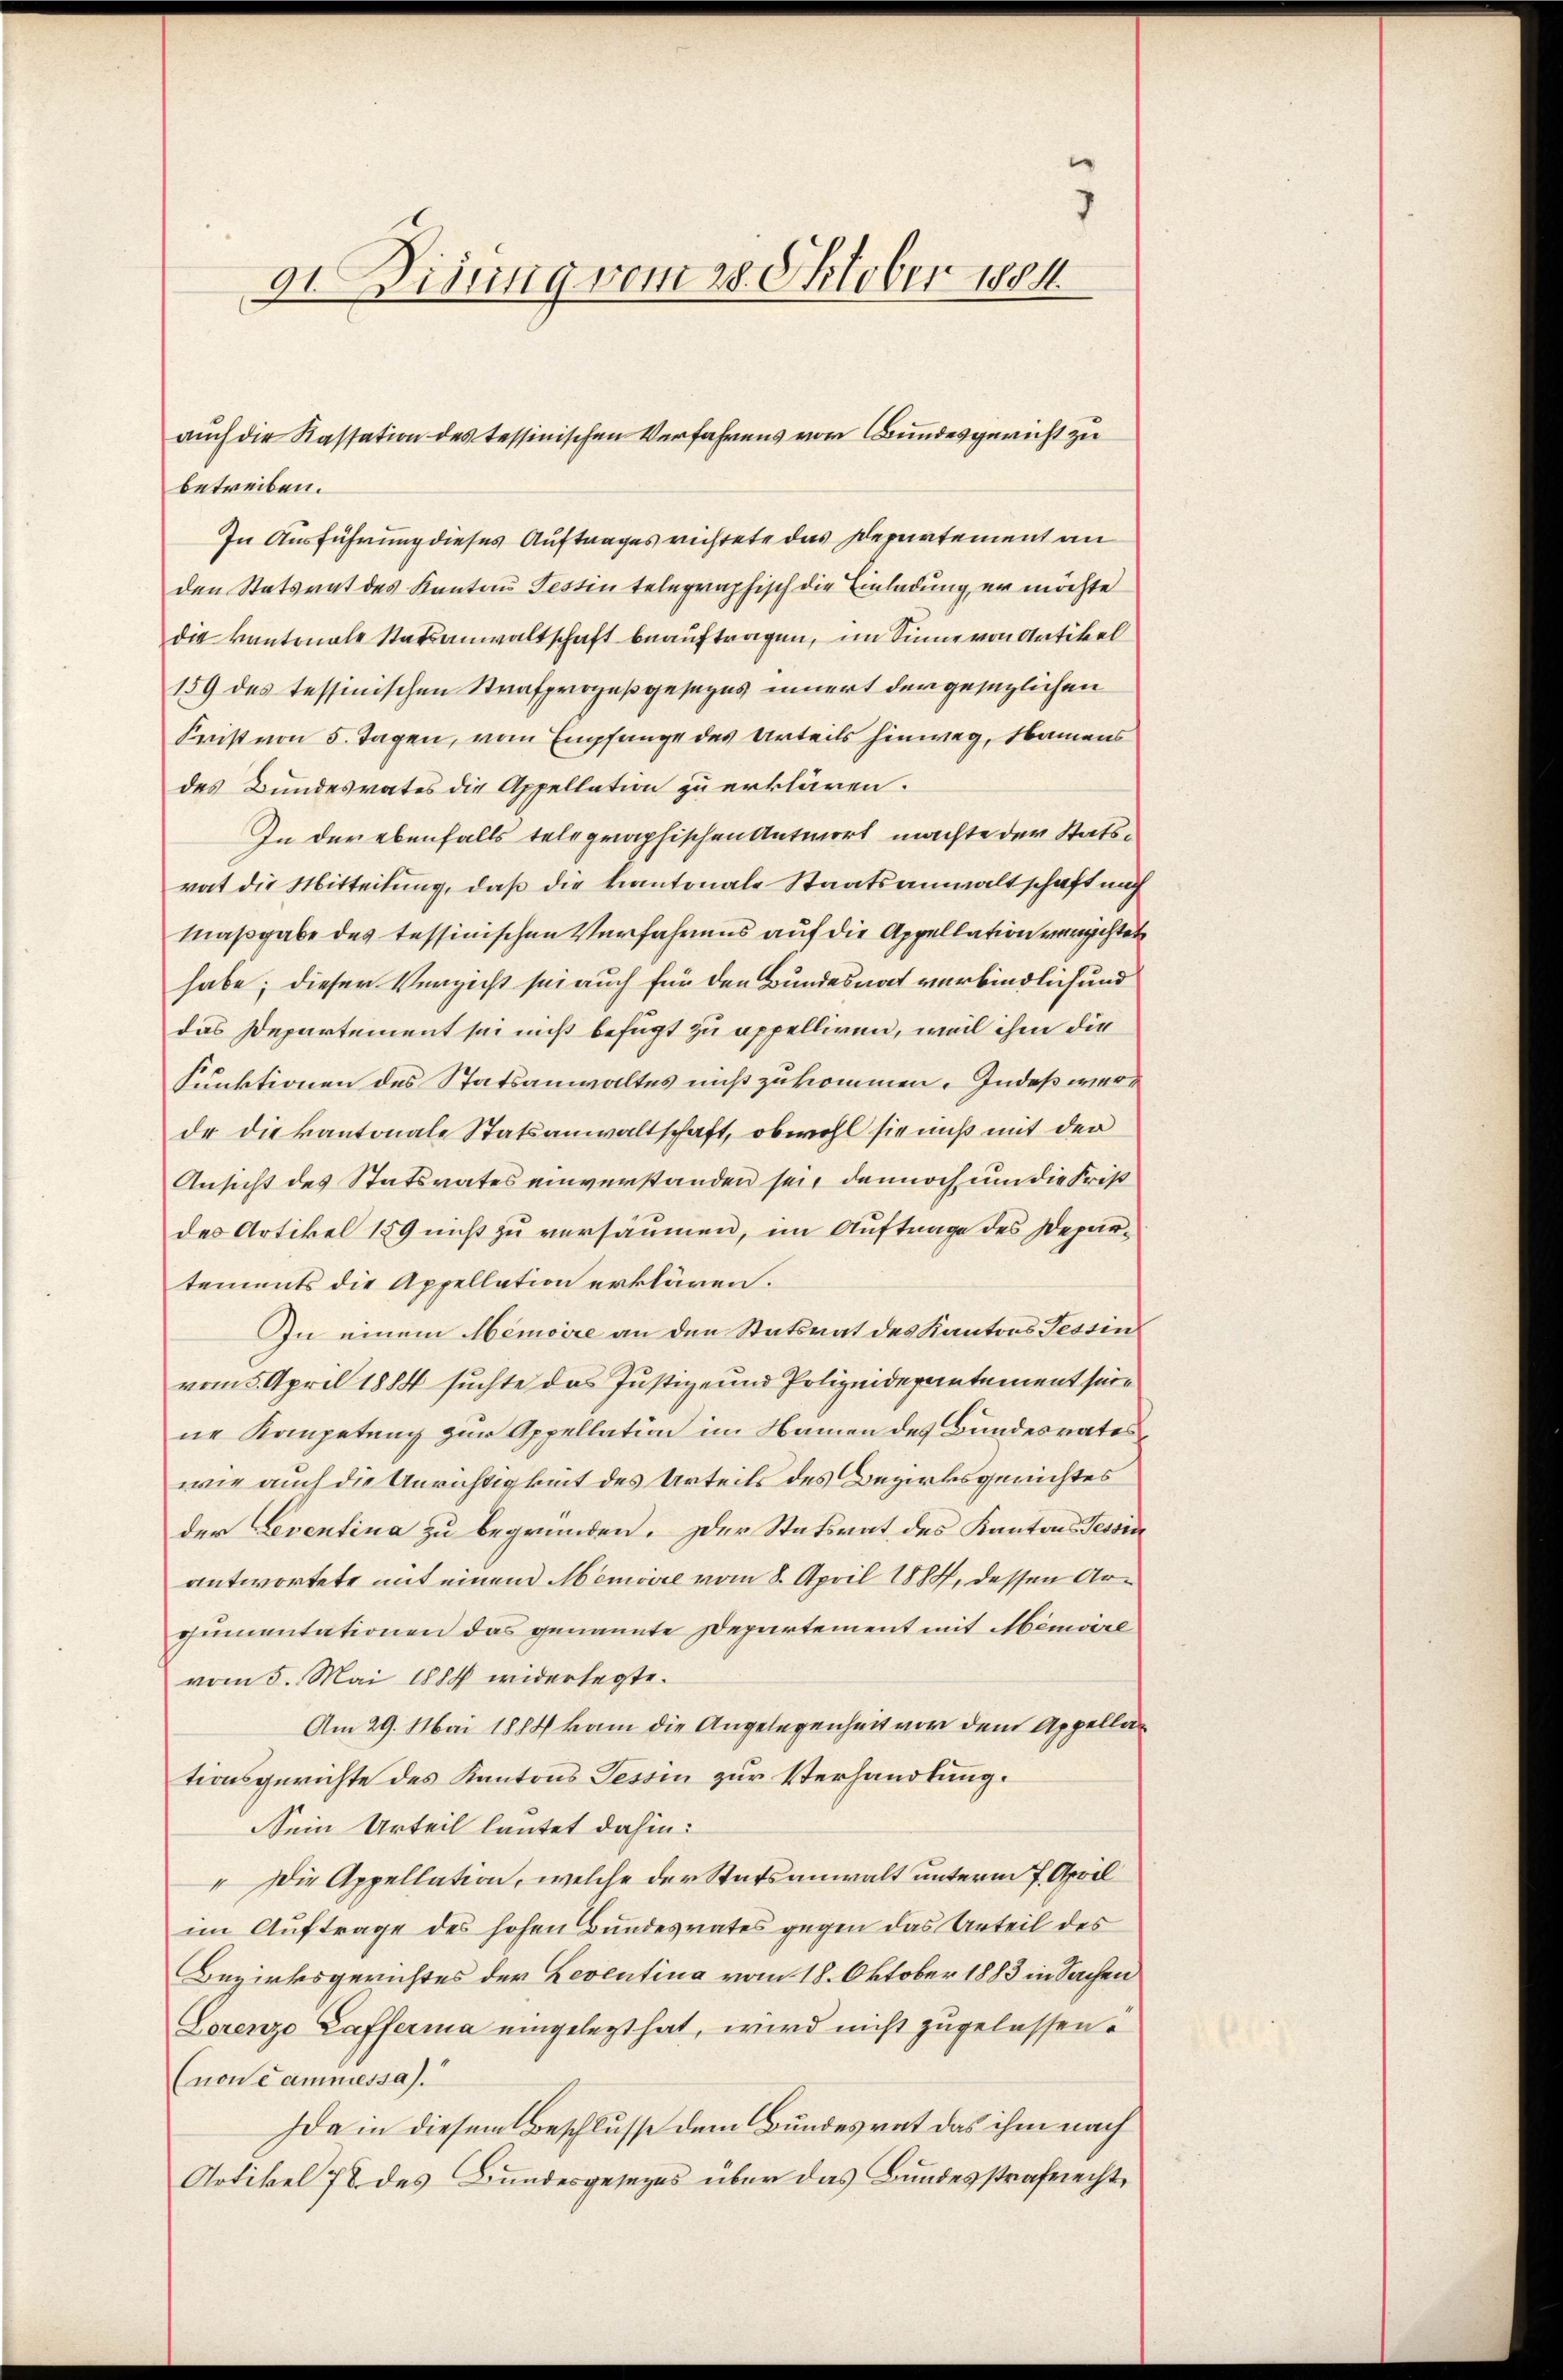
7
9t Situng vom 28. Oktober 1884

betreiben.
In Ausführung dieses Auftrages richtete das Departement an
den Statsrat des Kantons Testin telegraphisch die Einladung er möchte
die kantonale Statsanwaltschaft beauftragen, im Sinne von Artikel
159 des tessinischen Strafprozeßgesezes innert den gesezlichen
Frist von 5. Tagen, vom Empfange des Urteils hinweg, Namens
des Bundesrates die Appellation zu erklären.
In der ebenfalls telegraphischen Antwort machte der Statsrat die Mitteilung, daß die kantonale Staatsanwaltschaft mich
Maßgabe des tessinischen Verfahrens auf die Appellation verachtet
habe; dieser Verzicht sei auch für den Bundesnat verbindlich und
das Departement sei nicht befugt zu appelliren, weil ihm die
Funktionen des Statsanwaltes nicht zukommen. Indeß ware
de die kantonale Statsanwaltschaft, obwohl sie muß mit der
Ansicht des Statsrates einverstanden sei, dennoch um die Frist
des Artikel 159 nicht zu versäumen, im Auftrage des Departements die Appellation erklären.
In einem Memoire an den Statsrat des Kantons Tessin
vom 5. April 1884 suchte das Justiz- und Polizeidepartement seine Kompetung zur Appellation im Namen des Bundesrates
wie auch die Anrichtigkeit des Urteils des Bezirksgerichtes
der Leventina zu begründen. Der Statsrat des Kantons Tessin
antwortete mit einen Memoire vom 8. April 1884, dessen Argumentationen das genannte Departement mit Memoire
vom 5. Mai 1884 widerlegte.
Am 29. Mai 1884 kam die Angelegenheit vor dem Appellationsgerichte des Kantons Tessin zur Verhandlung.
Sein Urteil lautet dahin:
" Die Appellation, welche der Statsanwalt unterm 7. April
im Auftrage des hohen Bundesrates gegen das Anteil des
Bezirksgerichtes der Leventina vom 18. Oktober 1883 in Sachen
Lorenzo Kafferma eingelegt hat, wird nicht zugelassene
(non cammessa).
Ida in diesem Beschlusse dem Bundesrat das ihm nach
Artikel 78 des Bundesgesezes über das Bundesstrafrecht,

auch die Kassation des tessinischen Verfahrens von Bundesgericht zu